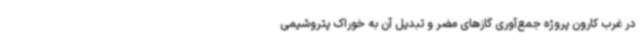
در غرب کارون پروژه جمع‌آوری گازهای مضر و تبدیل آن به خوراک پتروشیمی